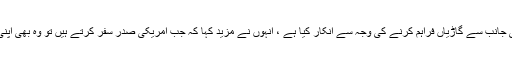
ان کا کہنا تھا کہ ایسا نہیں ہے کہ نواز شریف نے بھارت کی جانب سے گاڑیاں فراہم کرنے کی وجہ سے انکار کیا ہے ، انہوں نے مزید کہا کہ جب امریکی صدر سفر کرتے ہیں تو وہ بھی اپنی گاڑی ساتھ لے کر جاتے ہیں یہ کو ئی ایسا مسئلہ نہیں ہے۔